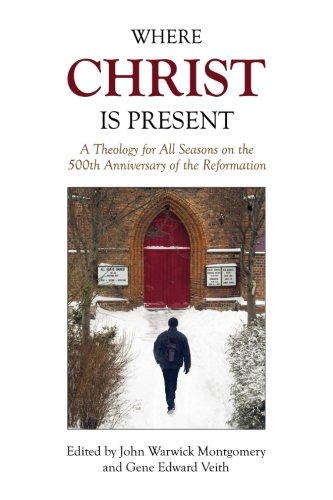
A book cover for Where Christ Is Present: A Theology for All Seasons on the 500th Anniversary of the Reformation; John Warwick Montgomery; Christian Books & Bibles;